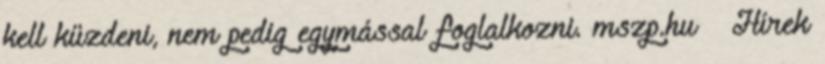
kell küzdeni, nem pedig egymással foglalkozni. mszp.hu » Hírek